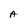
Character: A